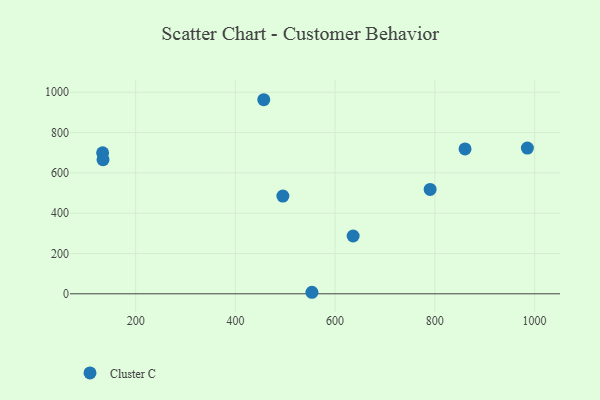
{"axis": {"x": "Study Hours", "y": "Demand"}, "legend": ["Cluster C"], "data": [{"x": "495.2", "y": 485.2, "type": "Cluster C"}, {"x": "133.8", "y": 699.5, "type": "Cluster C"}, {"x": "985.5", "y": 723.4, "type": "Cluster C"}, {"x": "636.1", "y": 286.8, "type": "Cluster C"}, {"x": "134.6", "y": 665.7, "type": "Cluster C"}, {"x": "790.5", "y": 518.2, "type": "Cluster C"}, {"x": "553.5", "y": 7.6, "type": "Cluster C"}, {"x": "456.9", "y": 963.1, "type": "Cluster C"}, {"x": "860.5", "y": 718.9, "type": "Cluster C"}]}